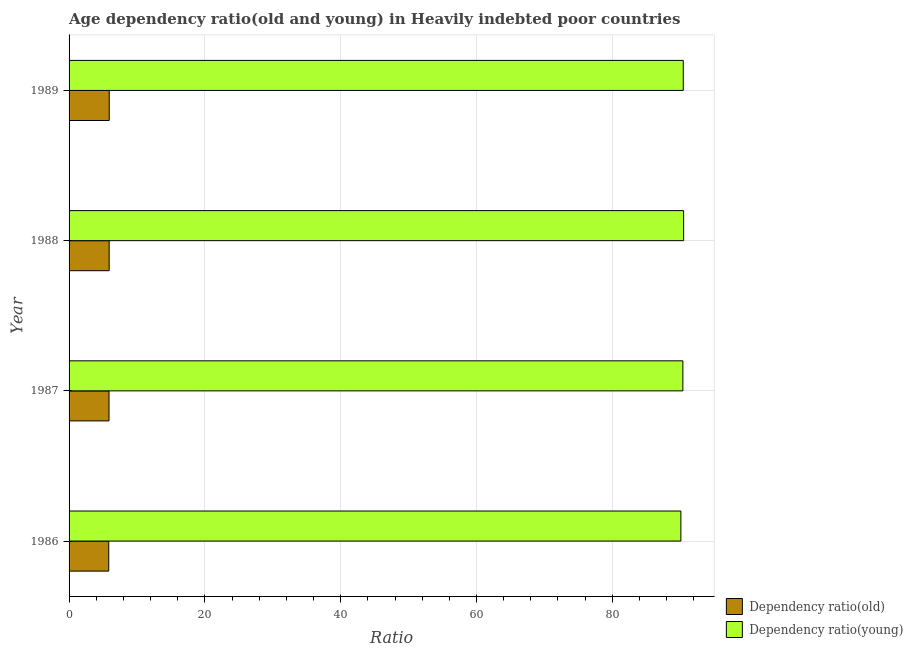
| Year | Dependency ratio(old) | Dependency ratio(young) |
 | --- | --- | --- |
 | 1986 | 5.84 | 90.1 |
 | 1987 | 5.88 | 90.4 |
 | 1988 | 5.91 | 90.5 |
 | 1989 | 5.92 | 90.5 |